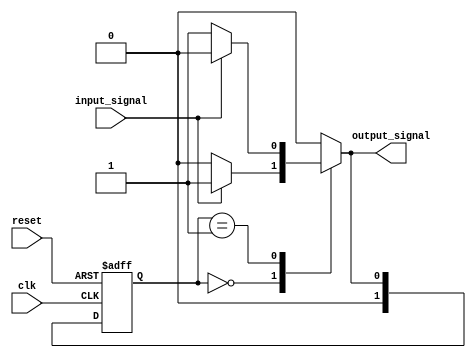
module state_machine (
    input wire clk,
    input wire reset,
    input wire input_signal,
    output reg output_signal
);

// Define states
parameter STATE_A = 2'b00;
parameter STATE_B = 2'b01;

// Define state registers
reg [1:0] current_state;
reg [1:0] next_state;

// State machine logic
always @ (posedge clk or posedge reset) begin
    if (reset) begin
        current_state <= STATE_A;
    end else begin
        current_state <= next_state;
    end
end

// State transition and output logic
always @ (*) begin
    case (current_state)
        STATE_A: begin
            if (input_signal) begin
                next_state = STATE_B;
                output_signal = 1'b1;
            end else begin
                next_state = STATE_A;
                output_signal = 1'b0;
            end
        end
        STATE_B: begin
            if (input_signal) begin
                next_state = STATE_A;
                output_signal = 1'b0;
            end else begin
                next_state = STATE_B;
                output_signal = 1'b1;
            end
        end
        default: begin
            next_state = STATE_A;
            output_signal = 1'b0;
        end
    endcase
end

endmodule